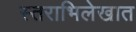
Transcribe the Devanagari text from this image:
स्तराभिलेखात